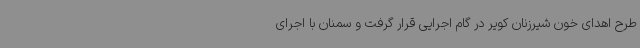
طرح اهدای خون شیرزنان کویر در گام اجرایی قرار گرفت و سمنان با اجرای